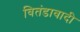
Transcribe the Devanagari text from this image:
वितंडावादी